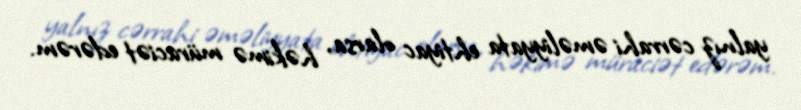
yalnız cərrahi əməliyyata ehtiyac olarsa, həkimə müraciət edərəm.